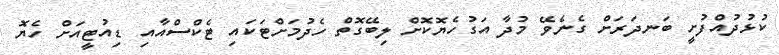
ކުޅުދުއްފުށީ ބަނދަރަށް ގެނެވޭ މުދާ އަގުހެޔޮކޮށް ލިބޭގޮތް ހެދުމަށްޓަކައި ޓެކްސްއާއި ޑިއުޓީއަށް ހެޔޮ